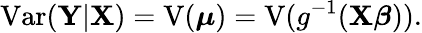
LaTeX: \operatorname{Var}(\mathbf{Y}|\mathbf{X})=\operatorname{V}({\boldsymbol{\mu}})=\operatorname{V}(g^{-1}(\mathbf{X}{\boldsymbol{\beta}})).